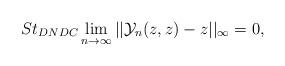
LaTeX: \begin{align*} St_{DNDC}\lim_{n\rightarrow \infty}||\mathcal{Y}_{n}(z,z)-z||_{\infty}=0, \end{align*}